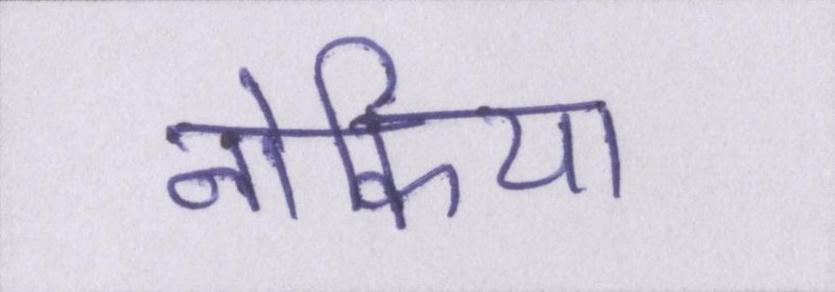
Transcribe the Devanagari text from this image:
नोकिया